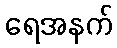
ရေအနက်